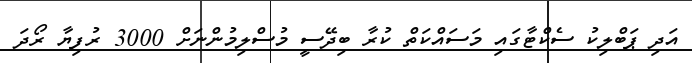
އަދި ޕަބްލިކު ސެކްޓާގައި މަސައްކަތް ކުރާ ބިދޭސީ މުސްލިމުންނަށް 3000 ރުފިޔާ ރޯދަ